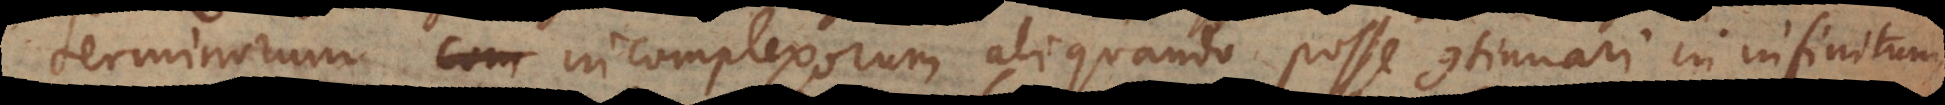
terminorum incomplexorum aliquando posse continuari in infinitum